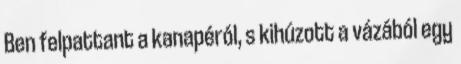
Ben felpattant a kanapéról, s kihúzott a vázából egy